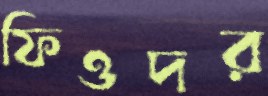
ফিওদর